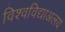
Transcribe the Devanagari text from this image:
विश्वविद्याअलय